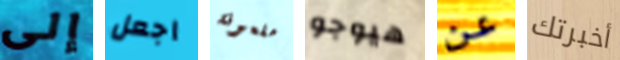
إلى اجعل ملعونة هيوجو عن أخبرتك